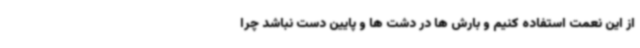
از این نعمت استفاده کنیم و بارش ها در دشت ها و پایین دست نباشد چرا